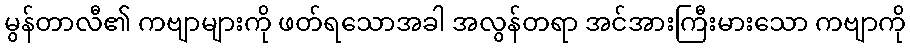
မွန်တာလီ၏ ကဗျာများကို ဖတ်ရသောအခါ အလွန်တရာ အင်အားကြီးမားသော ကဗျာကို